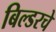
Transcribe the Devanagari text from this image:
बिल्डरचे